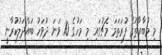
މި މުބާރާތުގެ ފުރަތަމަ މެޗުގައި މި މަހުގެ 10 ވަނަ ދުވަހު ބައްދަލުކުރާނީ